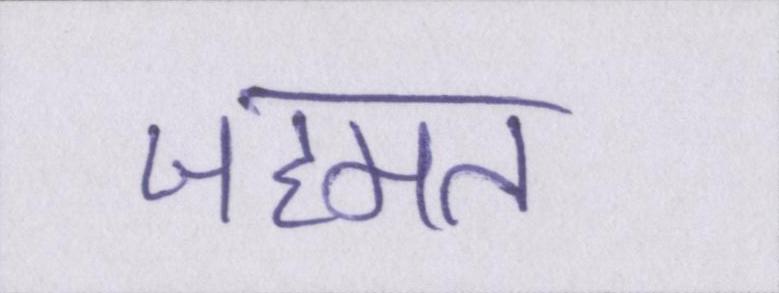
जहमत